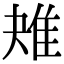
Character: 𨾕